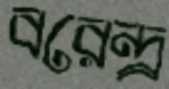
বরেন্দ্র্র